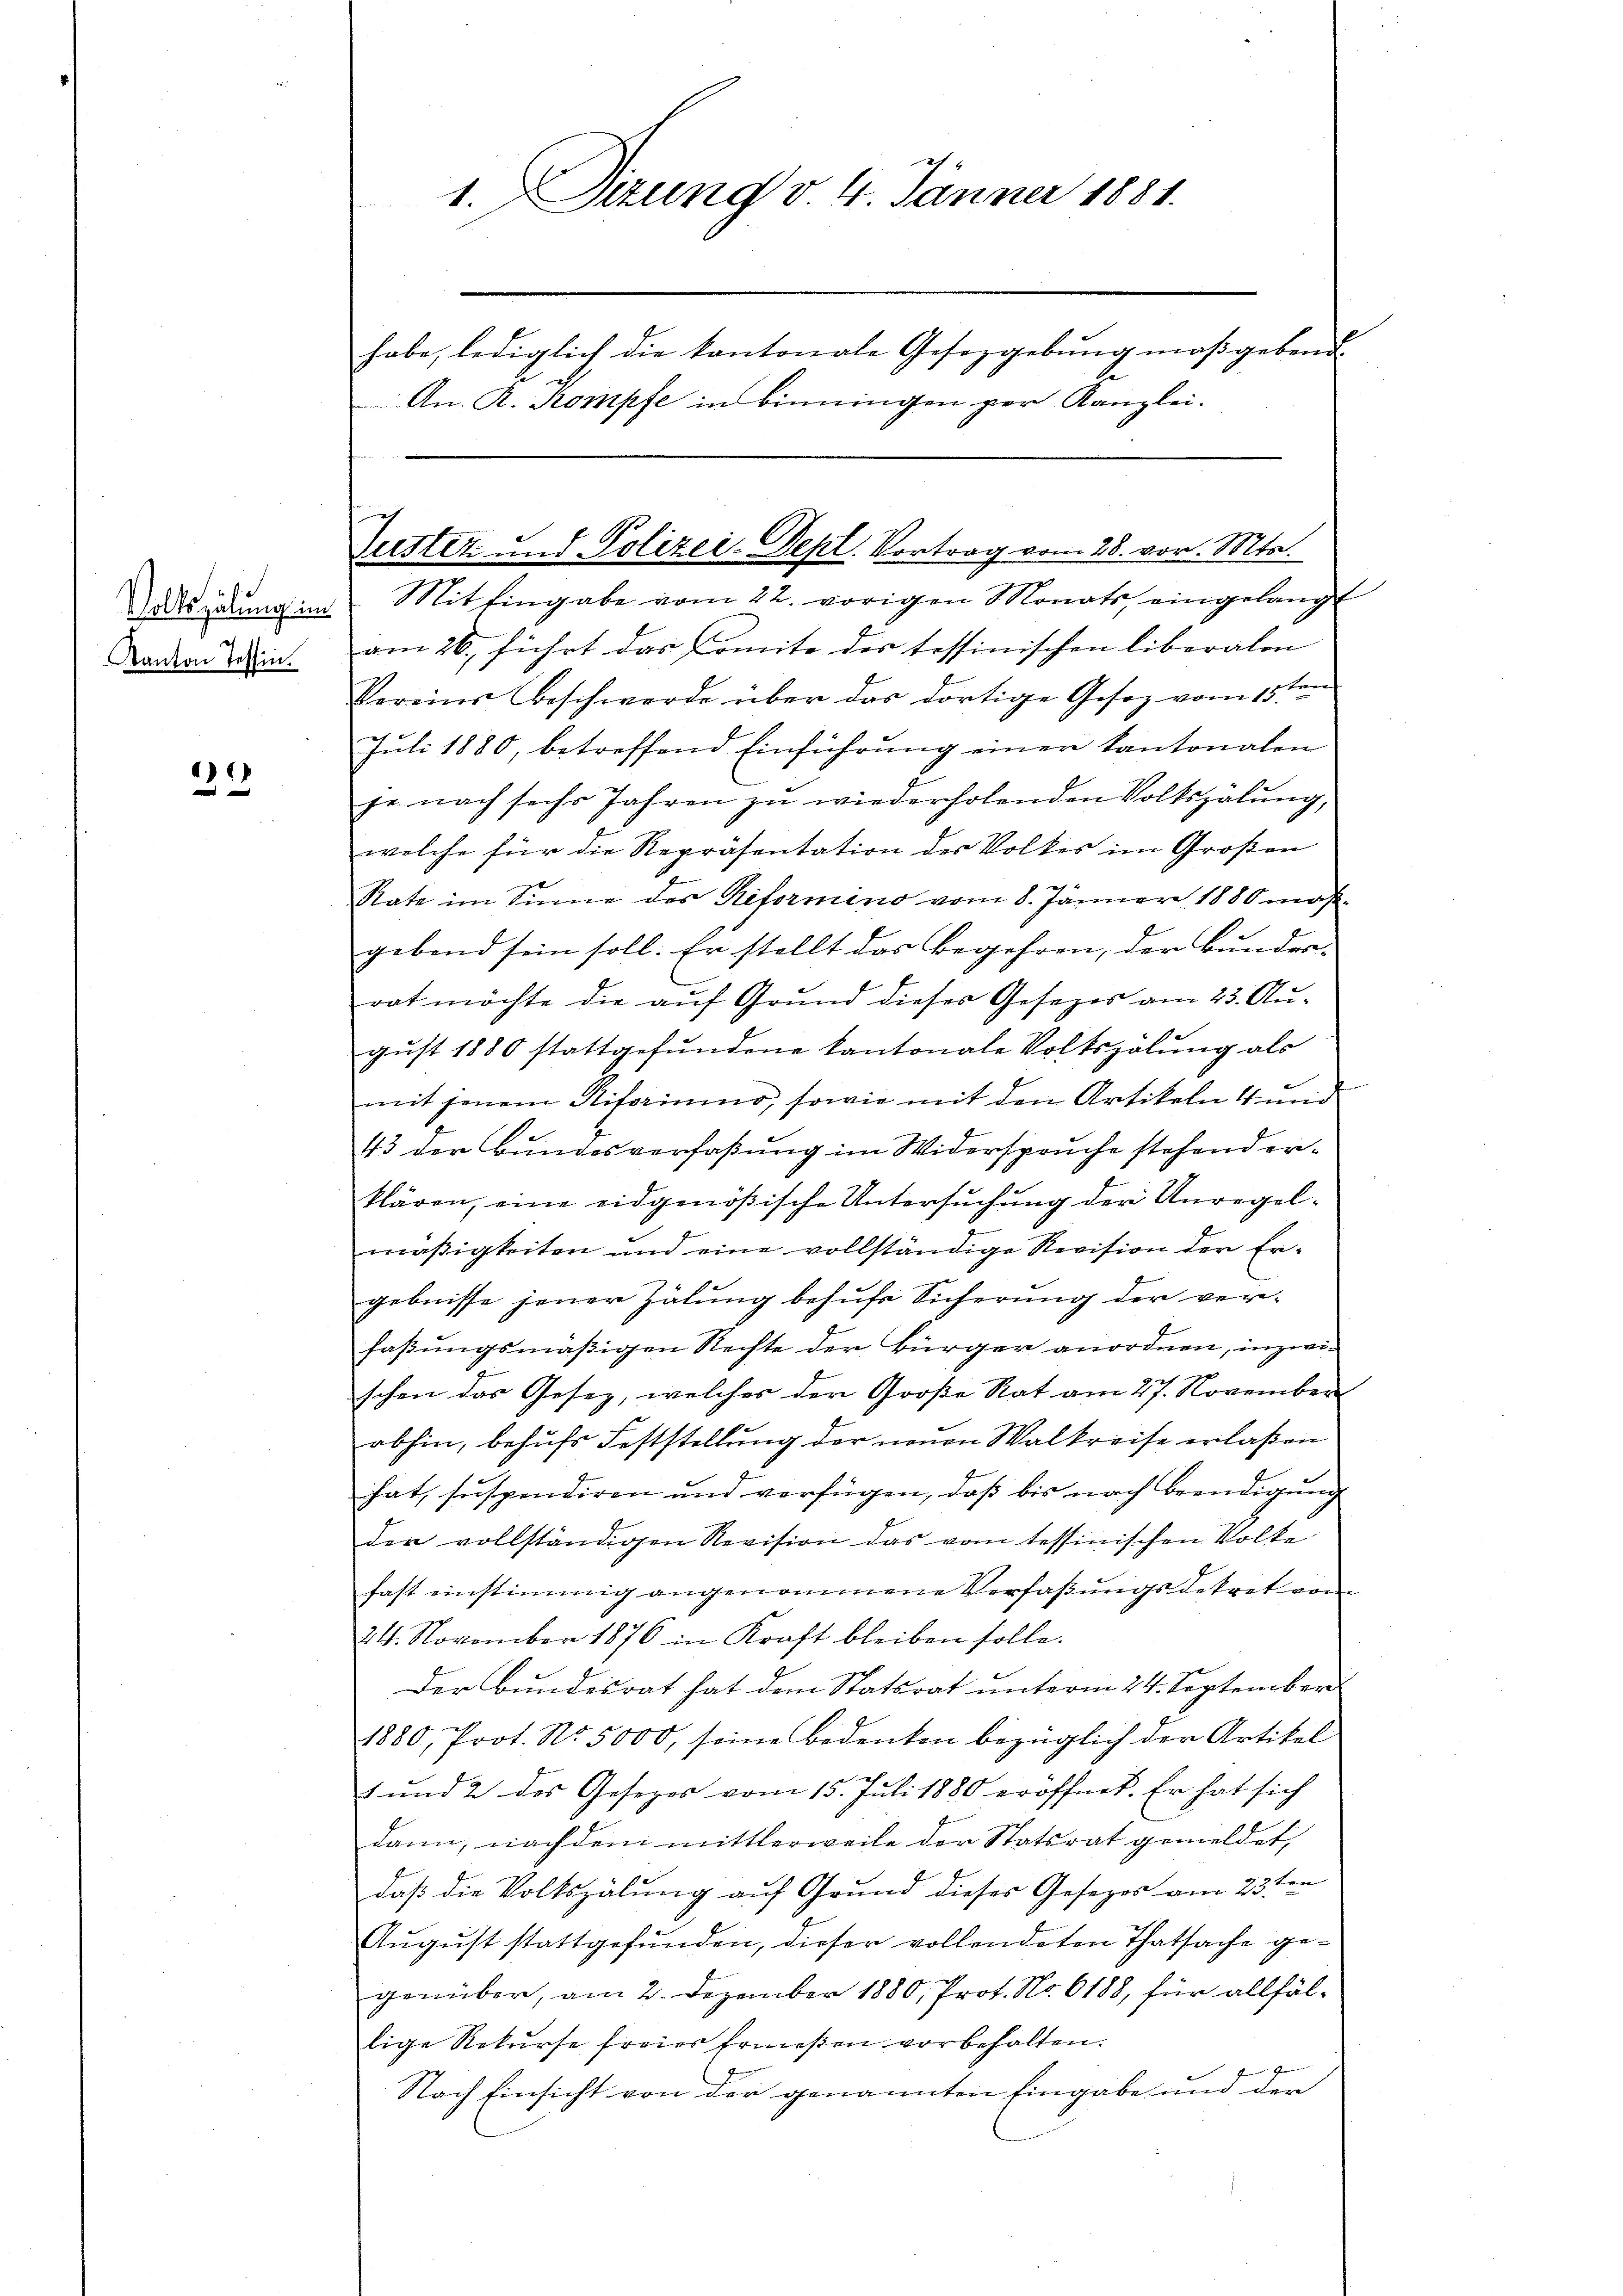
Volkszählung im
Kanton Tessin.

131

1. Sizung v. 4. Jänner 1881.
habe, lediglich die kantonale Gesetzgebung maßgebend.
E
An. R. Kompfe in binningen per Kanzlei.

Mit Eingabe vom 22. vorigen Monats eingelangt
am 26. führt das Comite des tessinischen liberalen
Vereine Beschwerde über das dortige Gesetz vom 15ten
Jŭli 1880, betreffend Einführŭng einer Kantonalen
pe nach sechs Jahren zŭ wiederholenden Volkszalŭng,
welche für die Repräsentation des Volkes im Großen
Rate im Sinne des Reformino vom 8. Jänner 1880 maßgebend sein soll. Er stellt das Begehren, der Bunder-
rot möchte die auf Grund dieser Gesezes am 23. Au-
gust 1880 stattgefundene kantonale Volkszähung als
mit jenem Risoriŭmo, sowie mit den Artikeln 4 und
43 der Bundesverfaßung im Widerspruche stehend erklären, eine eidgenößische Untersŭchŭng der Unregelmäßigkeiten und eine vollständige Revision der Ergebnisse jener Zähung behufs Sicherung der verfaßungsmäßigen Rechte der Bürger anordnen, inzwischen das Gesetz, welches der Große Rat am 27. November
abhin, behufs Feststellung der neuen Walkreise erlaßen
hat, suspendiren und verfügen, daß bis nach Beendigung
der vollständigen Revision das vom tessinischen Volke
hast einstimmig angenommene Verfaßungsdekret vom
24. November 1876 in Kraft bleiben solle.
Der Bundesrat hat dem Statsrat unterm 24. September
1880, Prot. No. 5000, seine Bedenken bezüglich der Artikel
1 und 2 des Gesezes vom 15. Juli 1880 eröffnet. Er hat sich
dann, nachdem mittlerweile der Statsrat gemeldet,
daß die Volkszähung auf Grund dieses Gesezes am 23ten
August stattgefunden, dieser vollendeten Thatsache gegenüber, am 2. Dezember 1880, Prot. No. 6188, für allfällige Rekurse freies Ermeßen vorbehalten.
7
Nach Einsicht von der genannten Eingabe und der

Justiz und Polizei-Sept. Vortrag vom 28. vor. Mts.